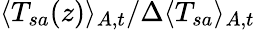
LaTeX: \langle T_{sa}(z)\rangle_{A,t}/\Delta\langle T_{sa}\rangle_{A,t}